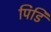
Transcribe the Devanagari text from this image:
पिडि